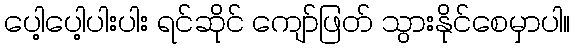
ပေါ့ပေါ့ပါးပါး ရင်ဆိုင် ကျော်ဖြတ် သွားနိုင်စေမှာပါ။